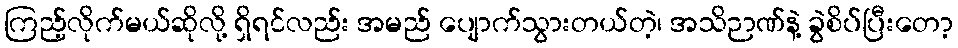
ကြည့်လိုက်မယ်ဆိုလို့ ရှိရင်လည်း အမည် ပျောက်သွားတယ်တဲ့၊ အသိဉာဏ်နဲ့ ခွဲစိပ်ပြီးတော့